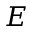
E